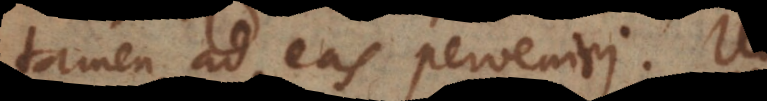
tamen ad eas perveniri. Un